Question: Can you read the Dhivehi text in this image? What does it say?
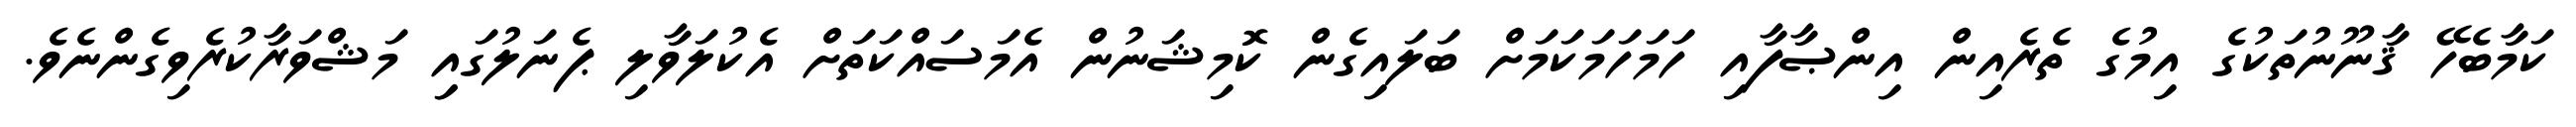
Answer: ކަމާބެހޭ ޤާނޫނުތަކުގެ އިމުގެ ތެރެއިން އިންޞާފާއި ހަމަހަމަކަމަށް ބަލައިގެން ކޮމިޝަނުން އެމަސައްކަތަށް އެކުލަވާލި ޕެނަލުގައިި މަޝްވަރާކުރެވިގެންނެވެ.